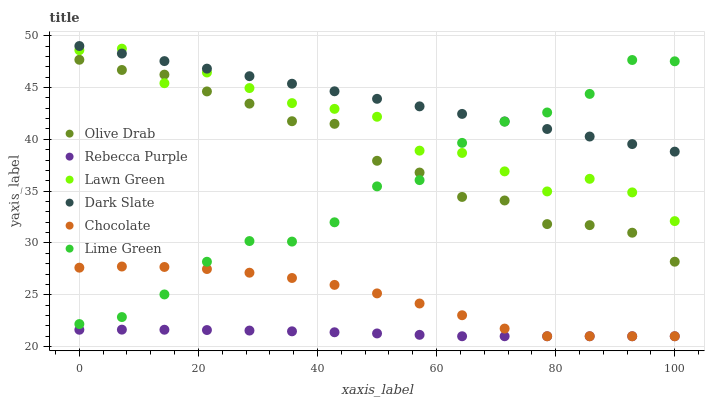
| xaxis_label | Olive Drab | Rebecca Purple | Lawn Green | Dark Slate | Chocolate | Lime Green |
 | --- | --- | --- | --- | --- | --- | --- |
 | 0 | 47.7 | 21.6 | 48.6 | 49 | 27.6 | 22.2 |
 | 7.14 | 46.7 | 21.6 | 48.7 | 48.3 | 27.7 | 22.9 |
 | 14.3 | 46.2 | 21.6 | 45.4 | 47.5 | 27.7 | 25 |
 | 21.4 | 44.6 | 21.6 | 46.4 | 46.8 | 27.5 | 28.2 |
 | 28.6 | 43.4 | 21.5 | 44.9 | 46.1 | 27.1 | 30.2 |
 | 35.7 | 41.7 | 21.5 | 43.5 | 45.4 | 26.6 | 30.1 |
 | 42.9 | 41.5 | 21.4 | 42.9 | 44.6 | 26 | 32 |
 | 50 | 37.9 | 21.3 | 42.2 | 43.9 | 25.1 | 35.5 |
 | 57.1 | 36.8 | 21.1 | 38.9 | 43.2 | 24.2 | 36.1 |
 | 64.3 | 34.4 | 21 | 38.7 | 42.5 | 23 | 39.7 |
 | 71.4 | 34.1 | 21 | 36.9 | 41.7 | 21.7 | 41.7 |
 | 78.6 | 31.8 | 21 | 35 | 41 | 21 | 42.6 |
 | 85.7 | 31.7 | 21 | 36.2 | 40.3 | 21 | 44.4 |
 | 92.9 | 31 | 21 | 34.9 | 39.5 | 21 | 47.7 |
 | 100 | 28.2 | 21 | 32.1 | 38.8 | 21 | 47.5 |